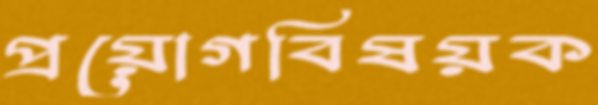
প্রয়োগবিষয়ক